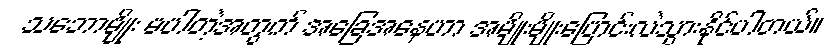
သဘောမျိုး မပါတဲ့အတွက် အခြေအနေဟာ အမျိုးမျိုးပြောင်းလဲသွားနိုင်ပါတယ်။